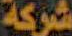
شركة